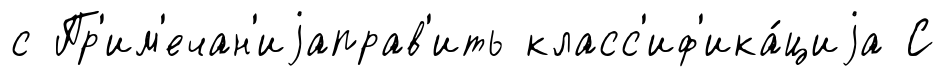
с Пр'им'ечан'иjаправ'ить класс'иф'ика́циjа С